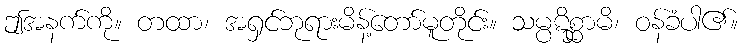
ဤအနက်ကို။ တထာ၊ အရှင်ဘုရားမိန့်တော်မူတိုင်း။ သမ္ပဋိစ္ဆာမိ၊ ဝန်ခံပါ၏။